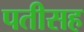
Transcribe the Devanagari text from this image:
पतीसह